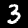
Label: 3